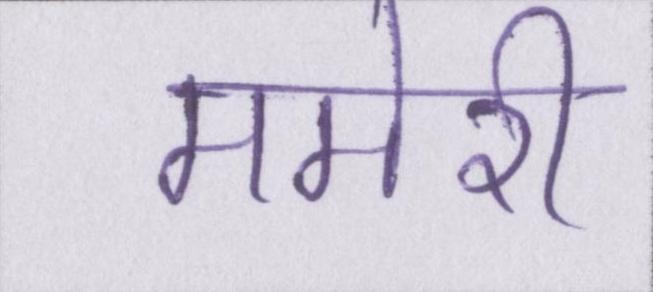
ममेरी